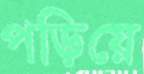
পড়িয়ে